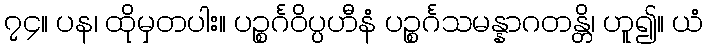
၇၄။ ပန၊ ထိုမှတပါး။ ပဉ္စင်္ဂဝိပ္ပဟီနံ ပဉ္စင်္ဂသမန္နာဂတန္တိ၊ ဟူ၍။ ယံ